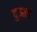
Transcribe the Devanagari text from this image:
दुआऐं